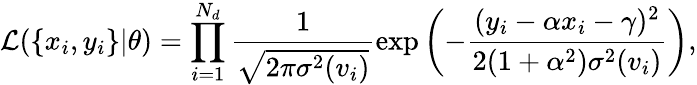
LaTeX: \mathcal{L}(\{ x_{i},y_{i}\} |\theta)=\prod_{i=1}^{N_{d}}\frac{1}{\sqrt{2\pi\sigma^{2}(v_{i})}}\exp{\left(-\frac{(y_{i}-\alpha x_{i}-\gamma)^{2}}{2(1+\alpha^{2})\sigma^{2}(v_{i})}\right)},